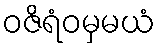
ဝဇိရံဝမှမယံ